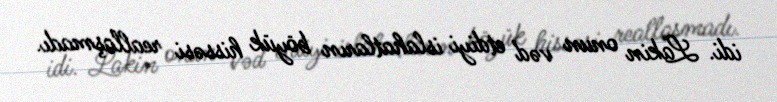
idi. Lakin onun vəd etdiyi islahatların böyük hissəsi reallaşmadı.